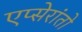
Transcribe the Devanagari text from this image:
एप्सेरांतो